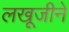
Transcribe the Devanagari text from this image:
लखूजीने